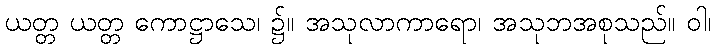
ယတ္တ ယတ္တ ကောဋ္ဌာသေ၊ ၌။ အသုလာကာရော၊ အသုဘအစုသည်။ ဝါ၊